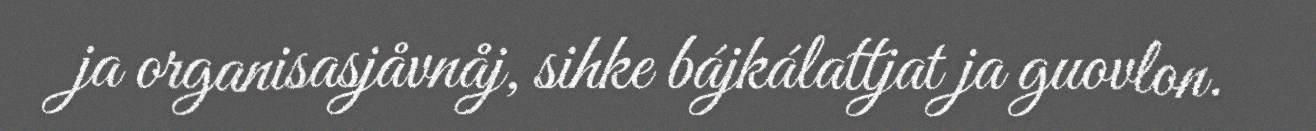
ja organisasjåvnåj, sihke bájkálattjat ja guovlon.